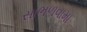
સાભળવામા